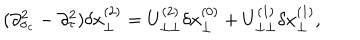
( \partial _ { \sigma _ { c } } ^ { 2 } - \partial _ { \tau } ^ { 2 } ) \delta x _ { \perp } ^ { ( 2 ) } = U _ { \perp \perp } ^ { ( 2 ) } \delta x _ { \perp } ^ { ( 0 ) } + U _ { \perp \perp } ^ { ( 1 ) } \delta x _ { \perp } ^ { ( 1 ) } ,